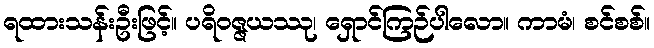
ရထားသန်းဦးဖြင့်။ ပရိဝဇ္ဇယဿု၊ ရှောင်ကြဉ်ပါလော။ ကာမံ၊ စင်စစ်။